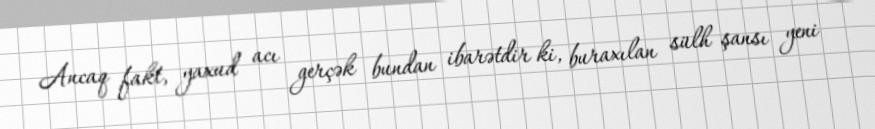
Ancaq fakt, yaxud acı gerçək bundan ibarətdir ki, buraxılan sülh şansı yeni